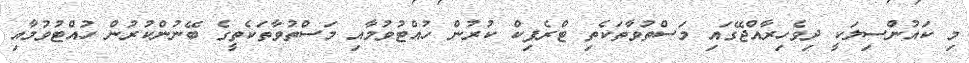
މި ކައުންސިލަކީ ދިވެހިރާއްޖޭގައި މަސްތުވާތަކެތި ޓްރެފިކް ކުރުން ހުއްޓުވުމާއި މަސްތުވާތަކެތީގެ ބޭނުންކުރުން ހުއްޓުވުމާއި